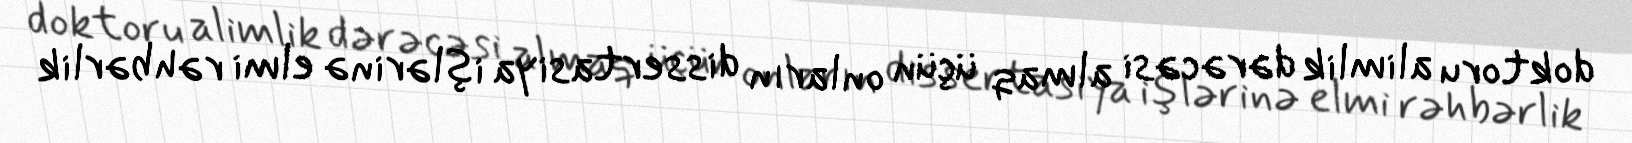
doktoru alimlik dərəcəsi almaq üçün onların dissertasiya işlərinə elmi rəhbərlik